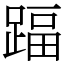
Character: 踾